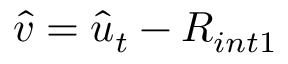
\hat { v } = \hat { u } _ { t } - R _ { i n t 1 }